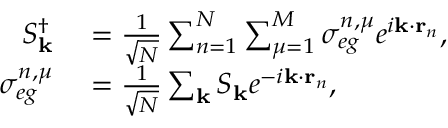
\begin{array} { r l } { S _ { \mathbf { k } } ^ { \dagger } } & { { } = \frac { 1 } { \sqrt { N } } \sum _ { n = 1 } ^ { N } \sum _ { \mu = 1 } ^ { M } \sigma _ { e g } ^ { n , \mu } e ^ { i \mathbf { k } \cdot \mathbf { r } _ { n } } , } \\ { \sigma _ { e g } ^ { n , \mu } } & { { } = \frac { 1 } { \sqrt { N } } \sum _ { \mathbf { k } } S _ { \mathbf { k } } e ^ { - i \mathbf { k } \cdot \mathbf { r } _ { n } } , } \end{array}